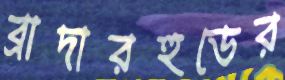
ব্রাদারহুডের